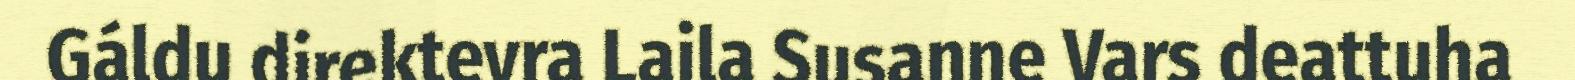
Gáldu direktevra Laila Susanne Vars deattuha